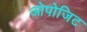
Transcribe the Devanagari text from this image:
ओपोजिट